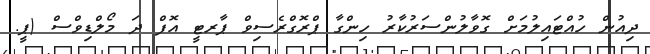
ދިއުން ހުއްޓައިލުމަށް ގޮވާލުންސަރުކާރު ހިންގާ ޕްރޮގްރެސިވް ޕާރޓީ އޮފް ދަ މޯލްޑިވްސް (ޕީ.